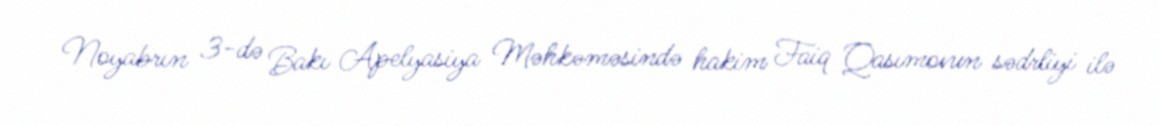
Noyabrın 3-də Bakı Apelyasiya Məhkəməsində hakim Faiq Qasımovun sədrliyi ilə